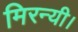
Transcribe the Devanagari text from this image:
मिरन्यी।